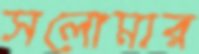
সলোমার